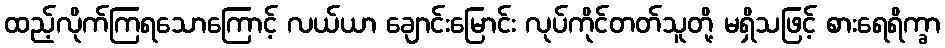
ထည့်လိုက်ကြရသောကြောင့် လယ်ယာ ချောင်းမြောင်း လုပ်ကိုင်တတ်သူတို့ မရှိသဖြင့် စားရေရိက္ခာ